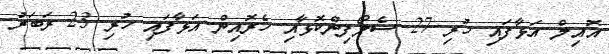
އޮއިލް އަޅާފައި ހުރި 27 ސެލޯފިންކޮޅާއި ހެރޮއިން އަޅާފައި ހުރި 23 ރަބަރު